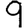
Digit: 9